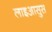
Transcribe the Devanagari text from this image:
लाइआसुस